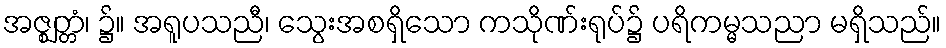
အဇ္ဈတ္တံ၊ ၌။ အရူပသညီ၊ သွေးအစရှိသော ကသိုဏ်းရုပ်၌ ပရိကမ္မသညာ မရှိသည်။